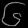
Digit: ၆